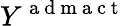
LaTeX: Y^{\mathrm{~a~d~m~a~c~t~}}